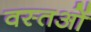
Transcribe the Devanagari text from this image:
वस्‍तओं